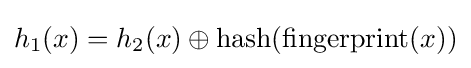
h_{1}(x)=h_{2}(x)\oplus {\text{hash}}({\text{fingerprint}}(x))